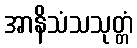
အာနိသံသသုတ္တံ